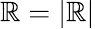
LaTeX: \mathbb{R}=\left|\mathbf{{\mathbb{R}}}\right|